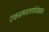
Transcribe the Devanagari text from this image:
एकसमयावच्छेदेकरुन